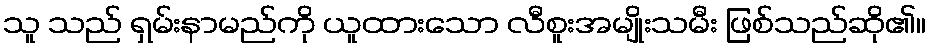
သူ သည် ရှမ်းနာမည်ကို ယူထားသော လီစူးအမျိုးသမီး ဖြစ်သည်ဆို၏။